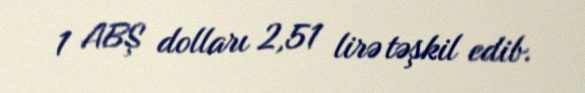
1 ABŞ dolları 2,51 lirə təşkil edib.